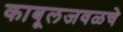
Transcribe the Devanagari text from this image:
काबूलजवळचे